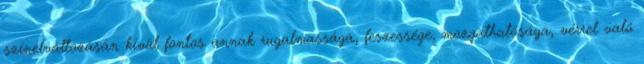
színelváltozásán kívül fontos annak rugalmassága, feszessége, mozgathatósága, vérrel való